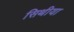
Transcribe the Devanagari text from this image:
सिथीया